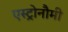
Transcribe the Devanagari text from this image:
एस्ट्रोनौमी